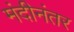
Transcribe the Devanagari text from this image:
मंदीनंतर